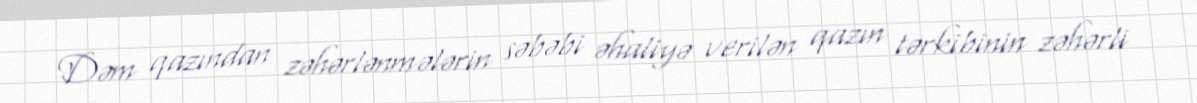
Dəm qazından zəhərlənmələrin səbəbi əhaliyə verilən qazın tərkibinin zəhərli